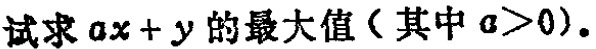
试求\(ax + y\)的最大值（其中\(a>0\)）.